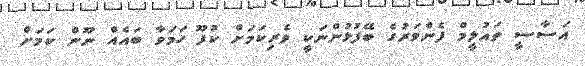
އަސާސީ ތައުލީމް ފެންވަރުގެ ބޭފުޅުންނަކީ ވެރިކަމަށް ކުފޫ ހަމަވާ ބައެއް ނޫން ކަމަށް